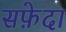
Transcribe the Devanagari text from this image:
सफ़ेदा